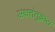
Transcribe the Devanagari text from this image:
अक्षतंतूद्वारा